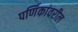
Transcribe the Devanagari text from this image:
पर्णिकांवरील